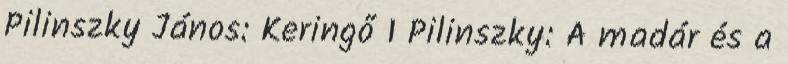
Pilinszky János: Keringő 1 Pilinszky: A madár és a